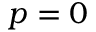
p = 0